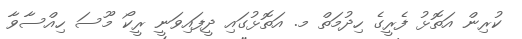
ކުރިން އަތޮޅު ފެރީގެ ހިދުމަތް މ. އަތޮޅުގައި ދީފައިވަނީ ރީކޯ މޫސަ ހިއްސާވާ